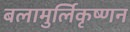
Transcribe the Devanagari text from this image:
बलामुर्लिकृष्णन